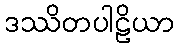
ဒဿိတပါဠိယာ